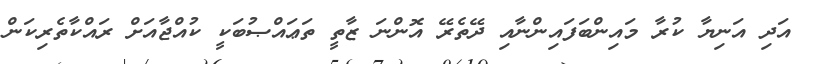
އަދި އަނިޔާ ކުރާ މައިންބަފައިންނާއި ދޭތެރޭ އޮންނަ ޒާތީ ތަޢައްޞުބަކީ ކުއްޖާއަށް ރައްކާތެރިކަން